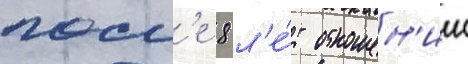
посл'е 8 л'е́т отношен'ии